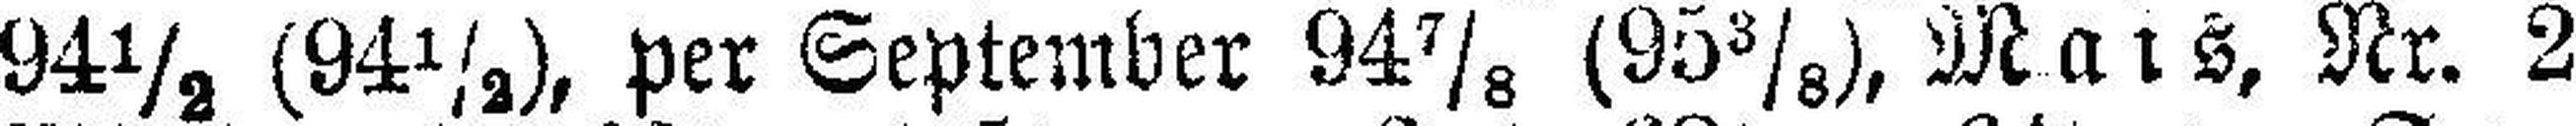
94½ (94½), per September 94⅞ (95⅜), Mais, Nr. 2